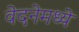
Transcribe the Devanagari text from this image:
वेदनेमध्ये